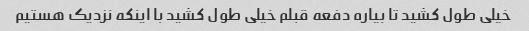
خیلی طول کشید تا بیاره دفعه قبلم خیلی طول کشید با اینکه نزدیک هستیم